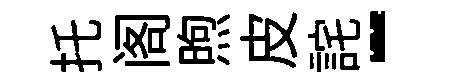
托阁煦皮詫-